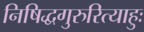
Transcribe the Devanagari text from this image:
निषिद्धगुरुरित्याहुः